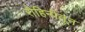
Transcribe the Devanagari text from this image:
रोहिनीतून